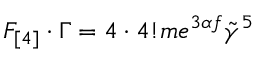
F _ { [ 4 ] } \cdot \Gamma = 4 \cdot 4 ! m e ^ { 3 \alpha f } \tilde { \gamma } ^ { 5 }